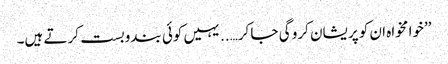
’’خوا مخواہ ان کو پریشان کرو گی جا کر…..یہیں کوئی بندوبست کرتے ہیں۔